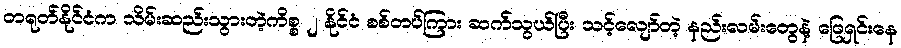
တရုတ်နိုင်ငံက သိမ်းဆည်းသွားတဲ့ကိစ္စ ၂ နိုင်ငံ စစ်တပ်ကြား ဆက်သွယ်ပြီး သင့်လျော်တဲ့ နည်းလမ်းတွေနဲ့ ဖြေရှင်းနေ